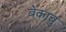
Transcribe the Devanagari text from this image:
बेकाबु